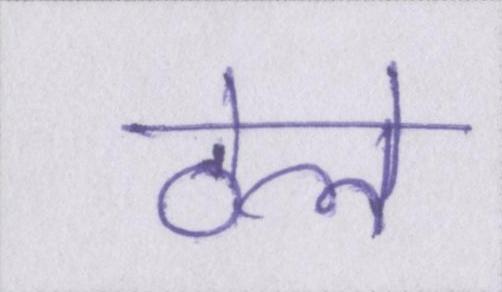
ठेले